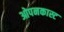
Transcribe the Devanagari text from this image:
ओपनकास्ट